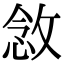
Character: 敜